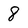
Character: 8